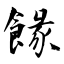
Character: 餯